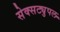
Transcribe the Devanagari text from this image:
सेक्सट्युपल